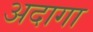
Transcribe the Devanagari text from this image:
अदागा